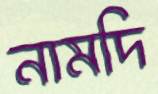
নামদি